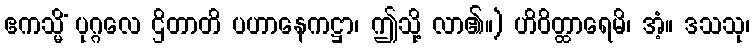
ဧကသ္မိံ ပုဂ္ဂလေ ဌိတာတိ ပဟာနေကဋ္ဌာ၊ ဤသို့ လာ၏။) ဟိဝိတ္ထာရေမိ၊ အံ့။ ဒသသု၊